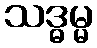
သဒ္ဓမ္မ